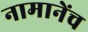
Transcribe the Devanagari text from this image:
नामानेंच